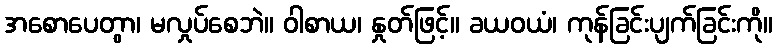
အစောပေတွာ၊ မလှုပ်စေဘဲ။ ဝါစာယ၊ နှုတ်ဖြင့်။ ခယဝယံ၊ ကုန်ခြင်းပျက်ခြင်းကို။